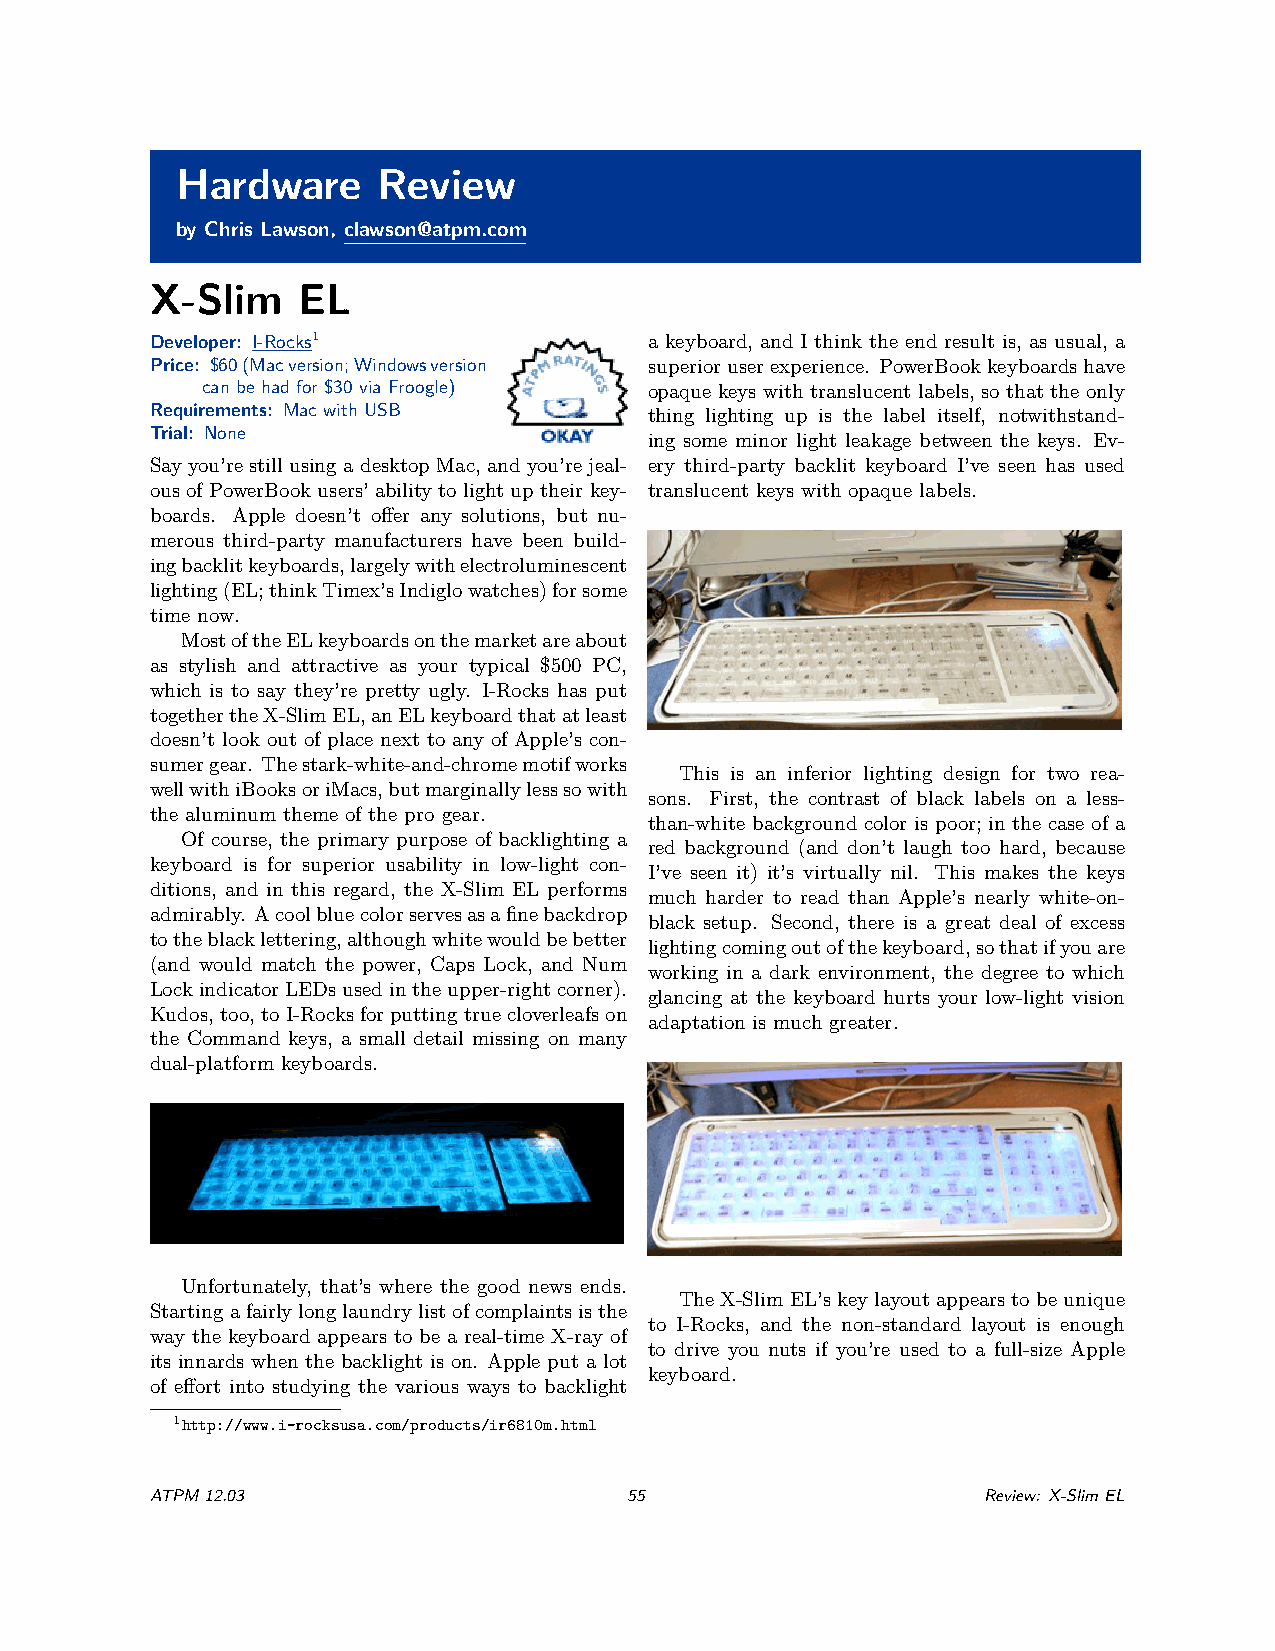
Hardware     Review
 by Chris Lawson, clawson@atpm.com
 X-Slim    EL
 Developer: I-Rocks1              a keyboard, and I think the end result is, as usual, a
 Price: $60(Macversion;Windowsversion superioruserexperience. PowerBookkeyboardshave
 can be had for $30 via Froogle) opaque keys with translucent labels, so that the only
 Requirements: Mac with USB       thing lighting up is the label itself, notwithstand-
 Trial: None
 ing some minor light leakage between the keys. Ev-
 Sayyou’re stillusingadesktopMac, andyou’rejeal- ery third-party backlit keyboard I’ve seen has used
 ous of PowerBook users’ ability to light up their key- translucent keys with opaque labels.
 boards. Apple doesn’t offer any solutions, but nu-
 merous third-party manufacturers have been build-
 ingbacklitkeyboards,largelywithelectroluminescent
 lighting(EL;thinkTimex’sIndiglowatches)forsome
 time now.
 MostoftheELkeyboardsonthemarketareabout
 as stylish and attractive as your typical $500 PC,
 which is to say they’re pretty ugly. I-Rocks has put
 togethertheX-SlimEL,anELkeyboardthatatleast
 doesn’t look out of place next to any of Apple’s con-
 sumergear. Thestark-white-and-chromemotifworks
 This is an inferior lighting design for two rea-
 wellwithiBooksoriMacs,butmarginallylesssowith
 sons. First, the contrast of black labels on a less-
 the aluminum theme of the pro gear.
 than-white background color is poor; in the case of a
 Of course, the primary purpose of backlighting a
 red background (and don’t laugh too hard, because
 keyboard is for superior usability in low-light con-
 I’ve seen it) it’s virtually nil. This makes the keys
 ditions, and in this regard, the X-Slim EL performs
 much harder to read than Apple’s nearly white-on-
 admirably. Acoolbluecolorservesasafinebackdrop
 black setup. Second, there is a great deal of excess
 totheblacklettering,althoughwhitewouldbebetter
 lightingcomingoutofthekeyboard,sothatifyouare
 (and would match the power, Caps Lock, and Num
 working in a dark environment, the degree to which
 LockindicatorLEDsusedintheupper-rightcorner).
 glancing at the keyboard hurts your low-light vision
 Kudos,too,toI-Rocksforputtingtruecloverleafson
 adaptation is much greater.
 the Command keys, a small detail missing on many
 dual-platform keyboards.
 Unfortunately, that’s where the good news ends.
 TheX-SlimEL’skeylayoutappearstobeunique
 Startingafairlylonglaundrylistofcomplaintsisthe
 to I-Rocks, and the non-standard layout is enough
 way the keyboard appears to be a real-time X-ray of
 to drive you nuts if you’re used to a full-size Apple
 its innards when the backlight is on. Apple put a lot
 keyboard.
 of effort into studying the various ways to backlight
 1http://www.i-rocksusa.com/products/ir6810m.html
 ATPM12.03                       55                     Review: X-SlimEL